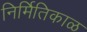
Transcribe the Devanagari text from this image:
निर्मितिकाळ